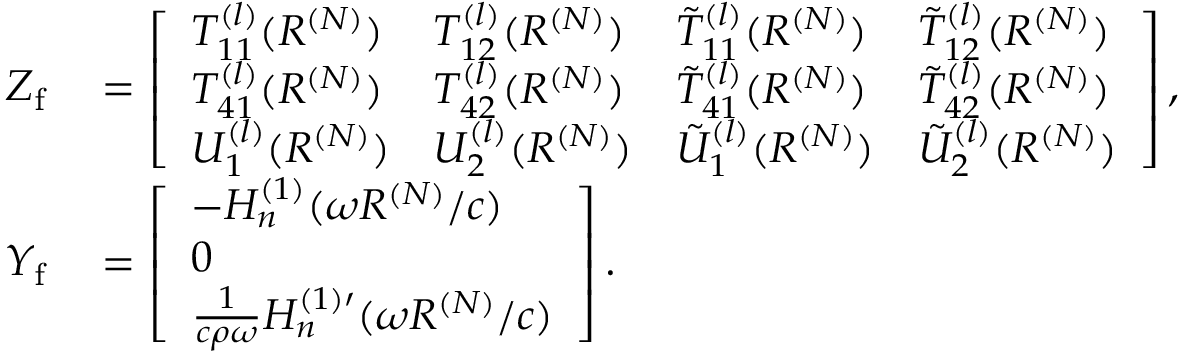
\begin{array} { r l } { Z _ { \mathrm { f } } } & { { } = \left[ \begin{array} { l l l l } { T _ { 1 1 } ^ { ( l ) } ( R ^ { ( N ) } ) } & { T _ { 1 2 } ^ { ( l ) } ( R ^ { ( N ) } ) } & { \tilde { T } _ { 1 1 } ^ { ( l ) } ( R ^ { ( N ) } ) } & { \tilde { T } _ { 1 2 } ^ { ( l ) } ( R ^ { ( N ) } ) } \\ { T _ { 4 1 } ^ { ( l ) } ( R ^ { ( N ) } ) } & { T _ { 4 2 } ^ { ( l ) } ( R ^ { ( N ) } ) } & { \tilde { T } _ { 4 1 } ^ { ( l ) } ( R ^ { ( N ) } ) } & { \tilde { T } _ { 4 2 } ^ { ( l ) } ( R ^ { ( N ) } ) } \\ { U _ { 1 } ^ { ( l ) } ( R ^ { ( N ) } ) } & { U _ { 2 } ^ { ( l ) } ( R ^ { ( N ) } ) } & { \tilde { U } _ { 1 } ^ { ( l ) } ( R ^ { ( N ) } ) } & { \tilde { U } _ { 2 } ^ { ( l ) } ( R ^ { ( N ) } ) } \end{array} \right] , } \\ { Y _ { \mathrm { f } } } & { { } = \left[ \begin{array} { l } { - H _ { n } ^ { ( 1 ) } ( \omega R ^ { ( N ) } / c ) } \\ { 0 } \\ { \frac { 1 } { c \rho \omega } H _ { n } ^ { ( 1 ) \prime } ( \omega R ^ { ( N ) } / c ) } \end{array} \right] . } \end{array}